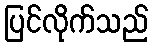
ပြင်လိုက်သည်